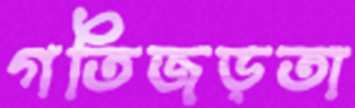
গতিজড়তা